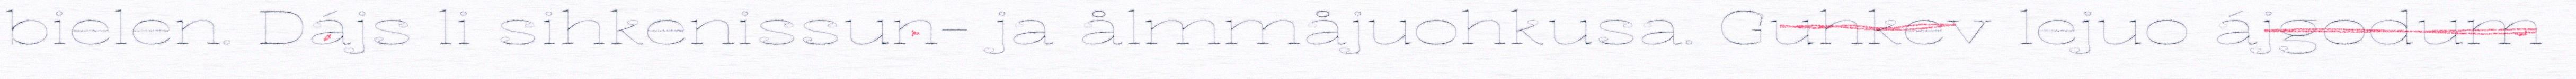
bielen. Dájs li sihkenissun- ja ålmmåjuohkusa. Guhkev lejuo ájgodum